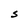
Character: S